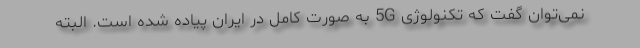
نمی‌توان گفت که تکنولوژی 5G به صورت کامل در ایران پیاده شده است. البته